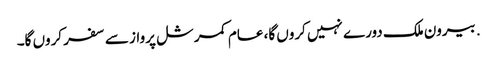
. بیرون ملک دورے نہیں کروں گا، عام کمرشل پرواز سے سفر کروں گا۔